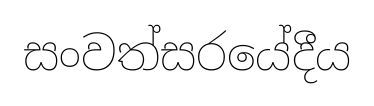
සංවත්සරයේදීය